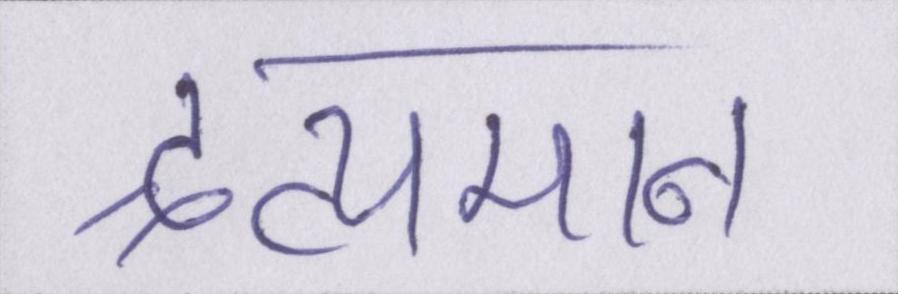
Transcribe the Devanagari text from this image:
द्रव्यमान